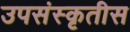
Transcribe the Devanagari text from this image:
उपसंस्कृतीस